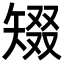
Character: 𥏞